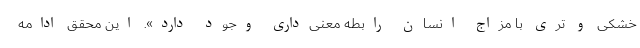
خشکی و تری با مزاج انسان رابطه معنی‌داری وجود دارد». این محقق ادامه